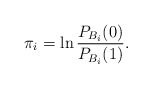
\begin{align*}\pi_i=\ln\frac{P_{B_i}(0)}{P_{B_i}(1)}.\end{align*}